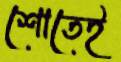
শোতেই